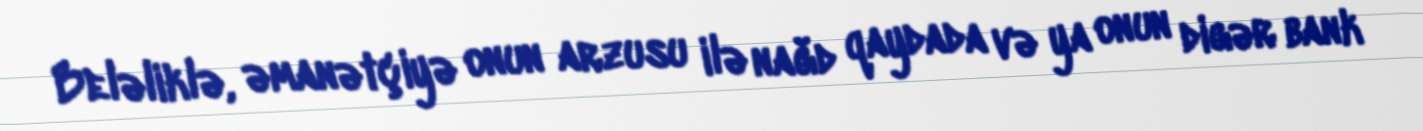
Beləliklə, əmanətçiyə onun arzusu ilə nağd qaydada və ya onun digər bank